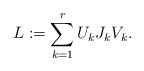
\begin{align*} L := \sum_{k=1}^{r} U_k J_k V_k.\end{align*}